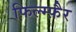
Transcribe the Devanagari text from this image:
फिल्म्फ़ैर